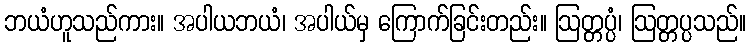
ဘယံဟူသည်ကား။ အပါယဘယံ၊ အပါယ်မှ ကြောက်ခြင်းတည်း။ ဩတ္တပ္ပံ၊ ဩတ္တပ္ပသည်။